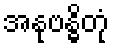
အနုဗန္ဓိတုံ